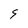
Character: 9